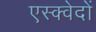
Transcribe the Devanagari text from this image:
एस्क्वेदों